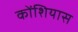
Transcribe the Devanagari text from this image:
कोंशियास